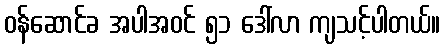
ဝန်ဆောင်ခ အပါအဝင် ၅၁ ဒေါ်လာ ကျသင့်ပါတယ်။